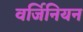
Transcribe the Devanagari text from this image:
वर्जिनियन